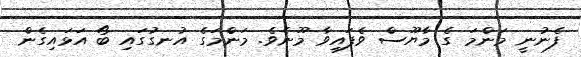
ފެނުނީ މަންމަ ގެ މާޔޫސް ވެފައިވާ މޫނެވެ. މަންމަގެ އުނގުގައި ބޯ އަޅައިގެން